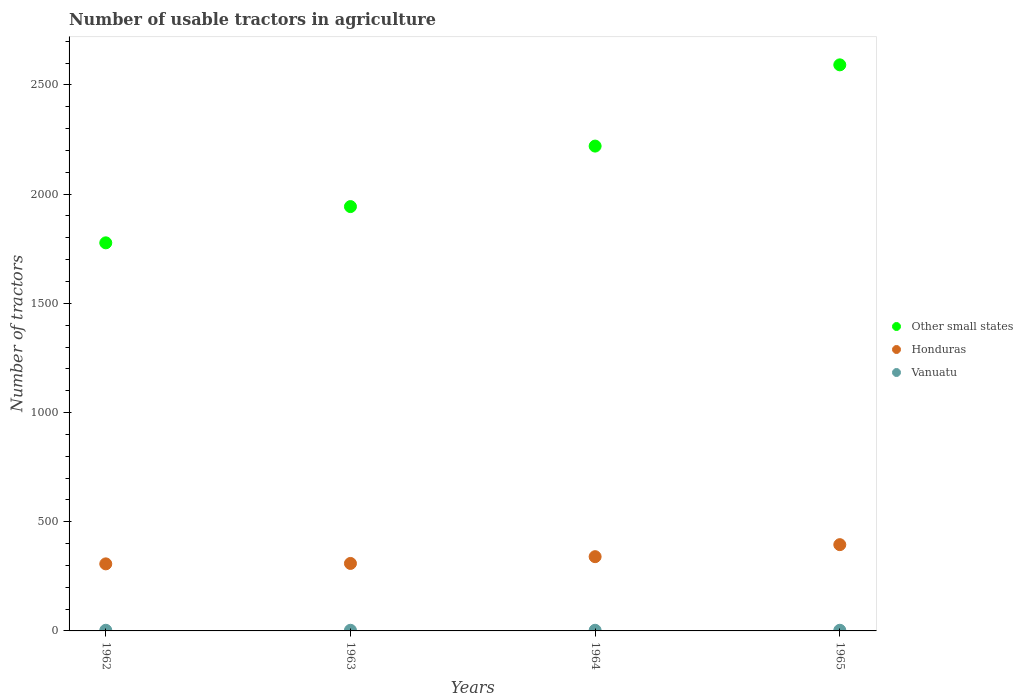
| Years | Other small states | Honduras | Vanuatu |
 | --- | --- | --- | --- |
 | 1962 | 1.78e+03 | 307 | 3 |
 | 1963 | 1.94e+03 | 309 | 3 |
 | 1964 | 2.22e+03 | 340 | 3 |
 | 1965 | 2.59e+03 | 395 | 3 |